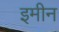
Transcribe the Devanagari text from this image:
इमीन